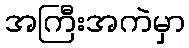
အကြီးအကဲမှာ